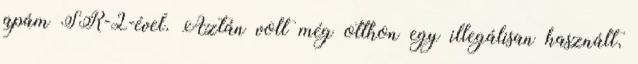
apám SR-2-ével. Aztán volt még otthon egy illegálisan használt,